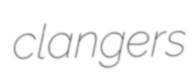
clangers